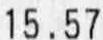
15.57